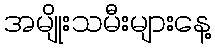
အမျိုးသမီးများနေ့